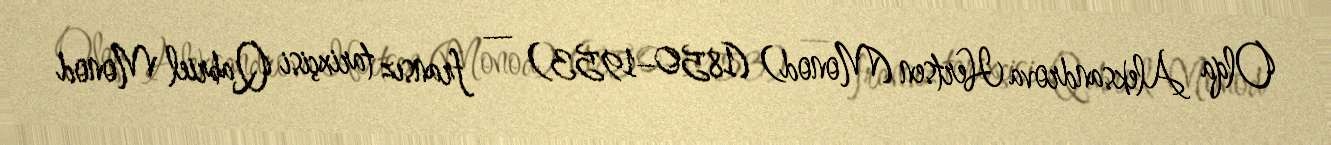
Olqa Aleksandrova Hertsen (Monod) (1850–1953) — fransız tarixçisi Qabriel Monod